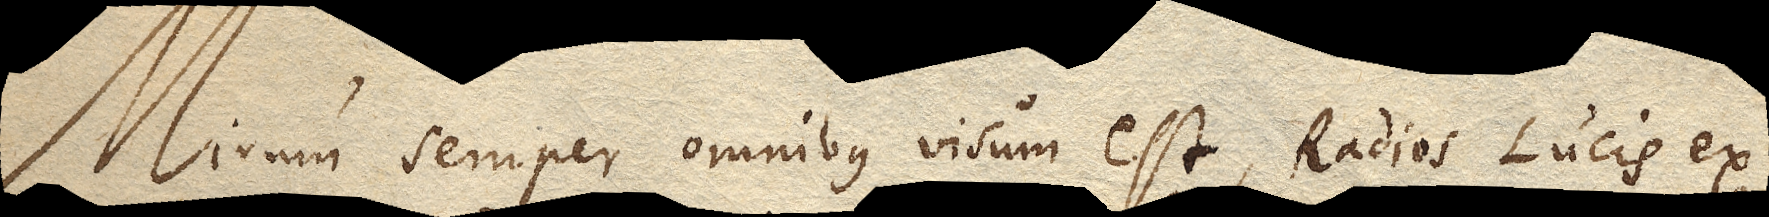
Mirum semper omnibus visum est, Radios Lucis ex